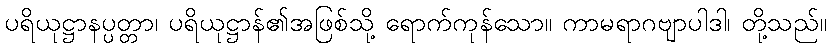
ပရိယုဋ္ဌာနပ္ပတ္တာ၊ ပရိယုဋ္ဌာန်၏အဖြစ်သို့ ရောက်ကုန်သော။ ကာမရာဂဗျာပါဒါ၊ တို့သည်။